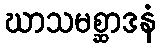
ဃာသမစ္ဆာဒနံ